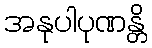
အနုပါပုဏန္တိ